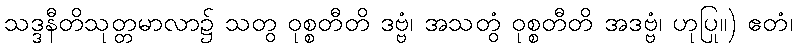
သဒ္ဒနီတိသုတ္တမာလာ၌ သတွ ဝုစ္စတီတိ ဒဗ္ဗံ၊ အသတွံ ဝုစ္စတီတိ အဒဗ္ဗံ၊ ဟုပြု။) ဧတံ၊